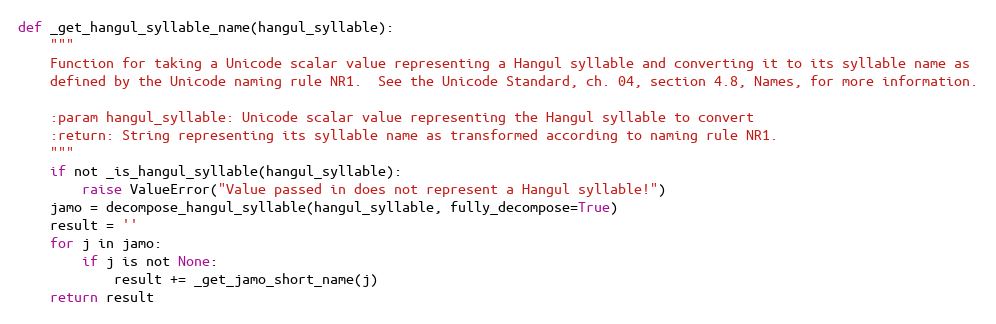
Language: Python
def _get_hangul_syllable_name(hangul_syllable):
    """
    Function for taking a Unicode scalar value representing a Hangul syllable and converting it to its syllable name as
    defined by the Unicode naming rule NR1.  See the Unicode Standard, ch. 04, section 4.8, Names, for more information.

    :param hangul_syllable: Unicode scalar value representing the Hangul syllable to convert
    :return: String representing its syllable name as transformed according to naming rule NR1.
    """
    if not _is_hangul_syllable(hangul_syllable):
        raise ValueError("Value passed in does not represent a Hangul syllable!")
    jamo = decompose_hangul_syllable(hangul_syllable, fully_decompose=True)
    result = ''
    for j in jamo:
        if j is not None:
            result += _get_jamo_short_name(j)
    return result